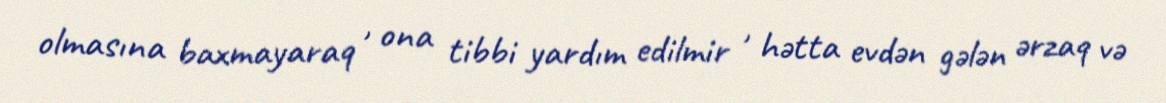
olmasına baxmayaraq , ona tibbi yardım edilmir , hətta evdən gələn ərzaq və